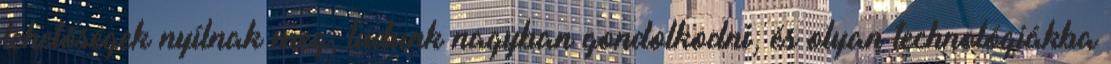
lehetőségek nyílnak meg, tudunk nagyban gondolkodni, és olyan technológiákba